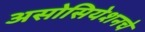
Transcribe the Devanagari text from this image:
असोसियेशनचे